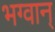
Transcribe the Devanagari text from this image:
भग्वान्